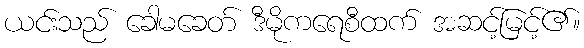
ယင်းသည် ခေါမခေတ် ဒီမိုကရေစီထက် အဆင့်မြင့်၏။